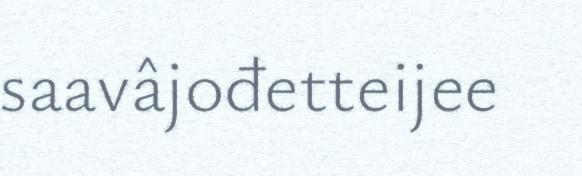
saavâjođetteijee